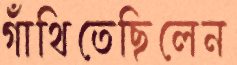
গাঁথিতেছিলেন